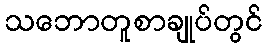
သဘောတူစာချုပ်တွင်